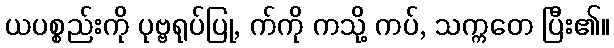
ယပစ္စည်းကို ပုဗ္ဗရုပ်ပြု, က်ကို ကသို့ ကပ်, သက္ကတေ ပြီး၏။